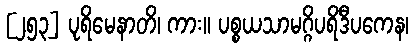
[၂၅၃] ပုရိမေနာတိ၊ ကား။ ပစ္စယသာမဂ္ဂိပရိဒီပကေန၊